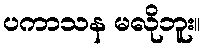
ပကာသန မလိုဘူး။